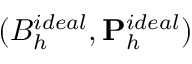
( B _ { h } ^ { i d e a l } , { \bf P } _ { h } ^ { i d e a l } )